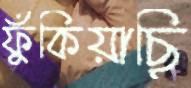
ফুঁকিয়াছি